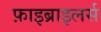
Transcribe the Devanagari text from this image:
फ़ाइब्राइलर्स